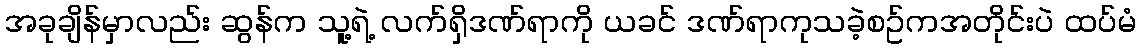
အခုချိန်မှာလည်း ဆွန်က သူ့ရဲ့ လက်ရှိဒဏ်ရာကို ယခင် ဒဏ်ရာကုသခဲ့စဥ်ကအတိုင်းပဲ ထပ်မံ